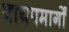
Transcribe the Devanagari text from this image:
वायपमार्गों